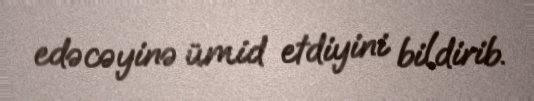
edəcəyinə ümid etdiyini bildirib.